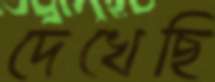
দেখেছি